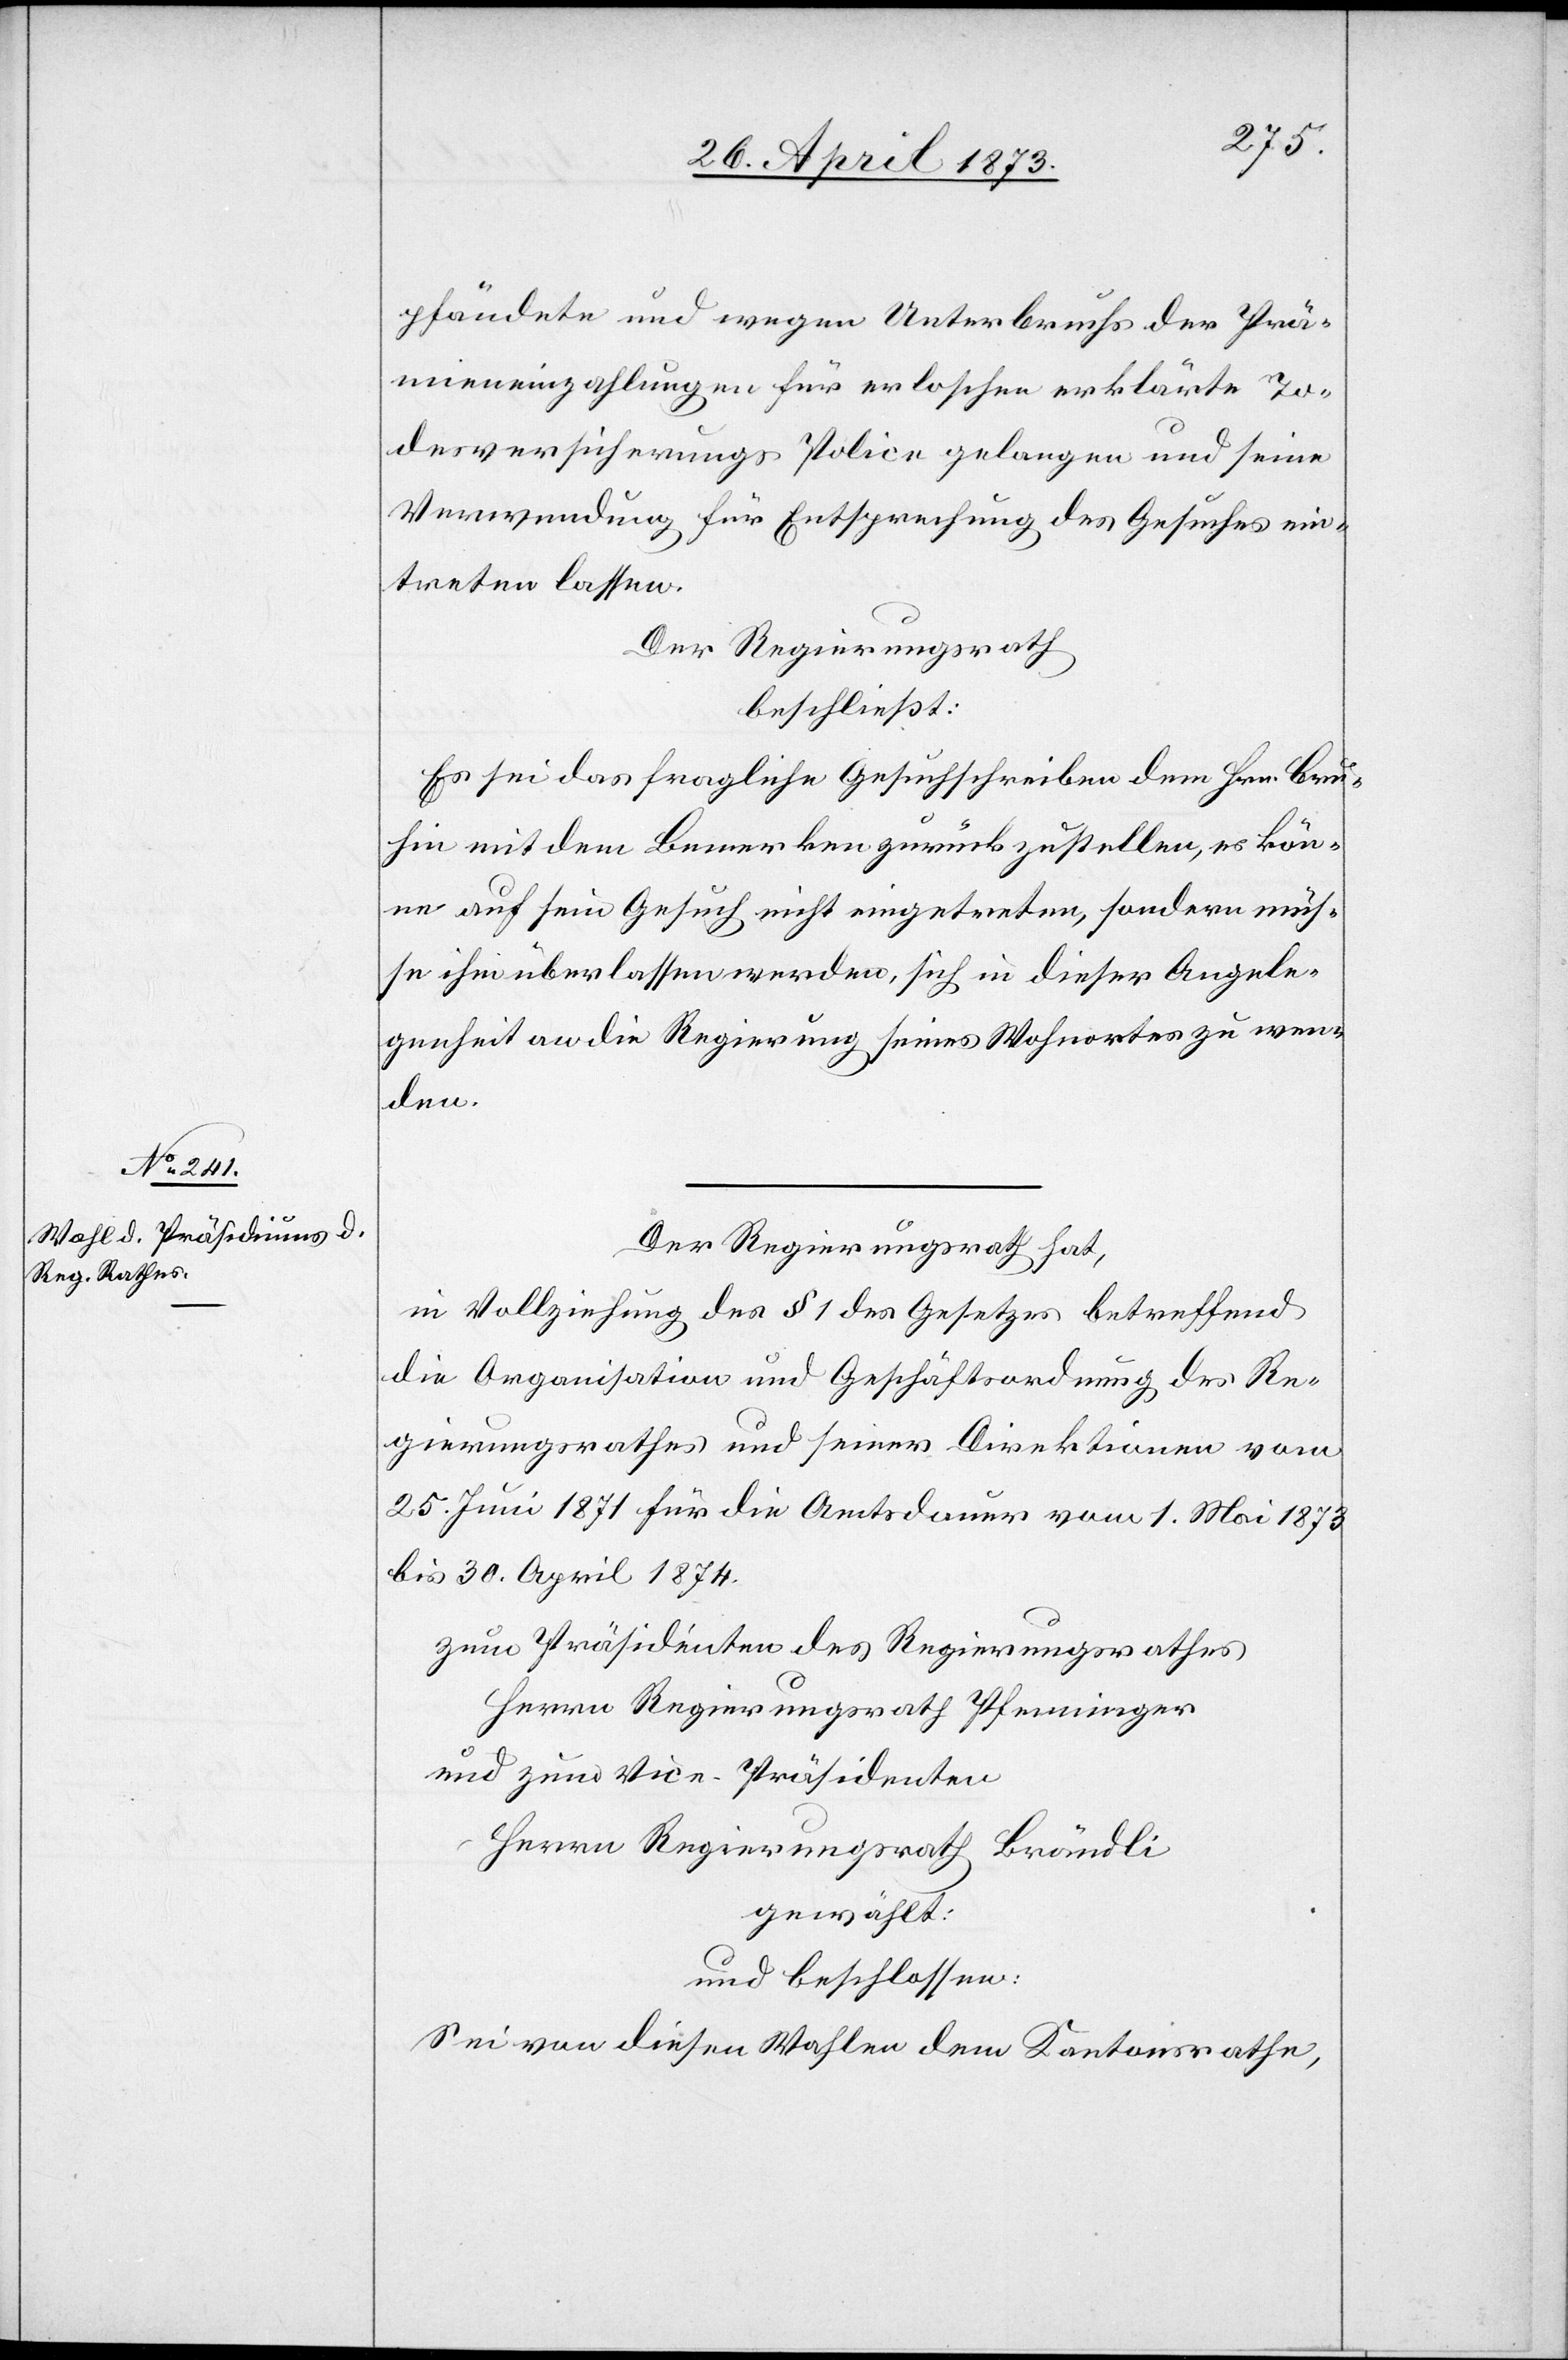
pfändete und wegen Unterbruchs der Prä¬
mieneinzahlungen für erloschen erklärte To¬
desversicherungs Police gelangen und seine
Verwendung für Entsprechung des Gesuches ein¬
treten lassen.
Der Regierungsrath
beschließt:
Es sei das fragliche Gesuchschreiben dem Hrn. Bru¬
hin mit dem Bemerken zurückzustellen, es kön¬
ne auf sein Gesuch nicht eingetreten, sondern müs¬
se ihm überlassen werden, sich in dieser Angele¬
genheit an die Regierung seines Wohnortes zu wen¬
den.
Der Regierungsrath hat,
in Vollziehung des § 1 des Gesetzes betreffend
die Organisation und Geschäftsordnung des Re¬
gierungsrathes und seiner Direktionen vom
25. Juni 1871 für die Amtsdauer vom 1. Mai 1873
bis 30. April 1874.
zum Präsidenten des Regierungsrathes
Herrn Regierungsrath Pfenninger
und zum Vice-Präsidenten
Herrn Regierungsrath Brändli
gewählt:
und beschlossen:
Sei von diesen Wahlen dem Kantonsrathe,